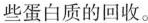
些蛋白质的回收。